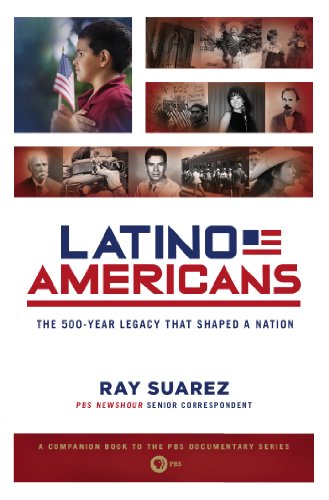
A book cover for Latino Americans: The 500-Year Legacy That Shaped a Nation; Ray Suarez; History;